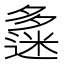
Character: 𡗅